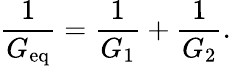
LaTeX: {\frac{1}{G_{\mathrm{eq}}}}={\frac{1}{G_{1}}}+{\frac{1}{G_{2}}}.